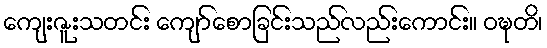
ကျေးဇူးသတင်း ကျော်စောခြင်းသည်လည်းကောင်း။ ဝဍ္ဎတိ၊